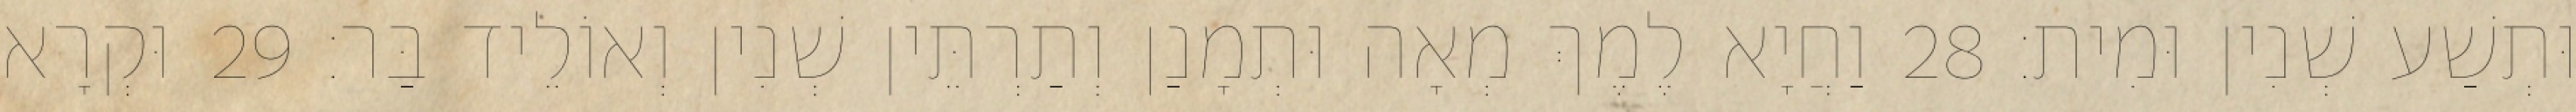
וּתְשַׁע שְׁנִין וּמִית׃ 28 וַחֲיָא לֶמֶךְ מְאָה וּתְמָנַן וְתַרְתֵּין שְׁנִין וְאוֹלֵיד בַּר׃ 29 וּקְרָא